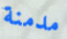
مدمنة